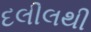
દલીલથી